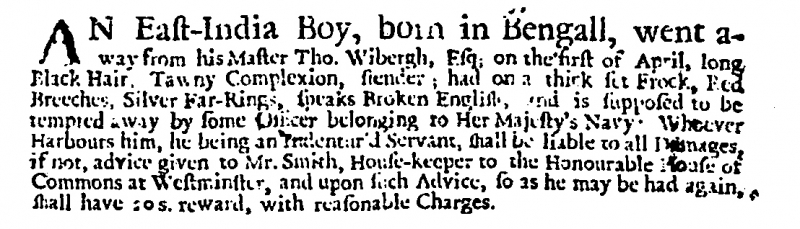
Post Boy (1695), 1 May 1711 (England)
AN East-India Boy, born in Bengall, went away from his Master Tho. Wibergh, Esq; on the first of April, long Black Hair; Tawny Complexion, slender; had on a thick set Frock, Red Breeches, Silver Ear-Rings, speaks Broken English, and is supposed to be tempted away by some Officer belonging to Her Majesty’s Navy: Whoever Harbours him, he being an Indentur’d Servant, shall be liable to all Damages, if not, advice given to Mr. Smith, House-keeper to the Honourable House of Commons at Westminster, and upon such Advice, so as he may be had again, shall have 20 s. reward, with reasonable Charges.